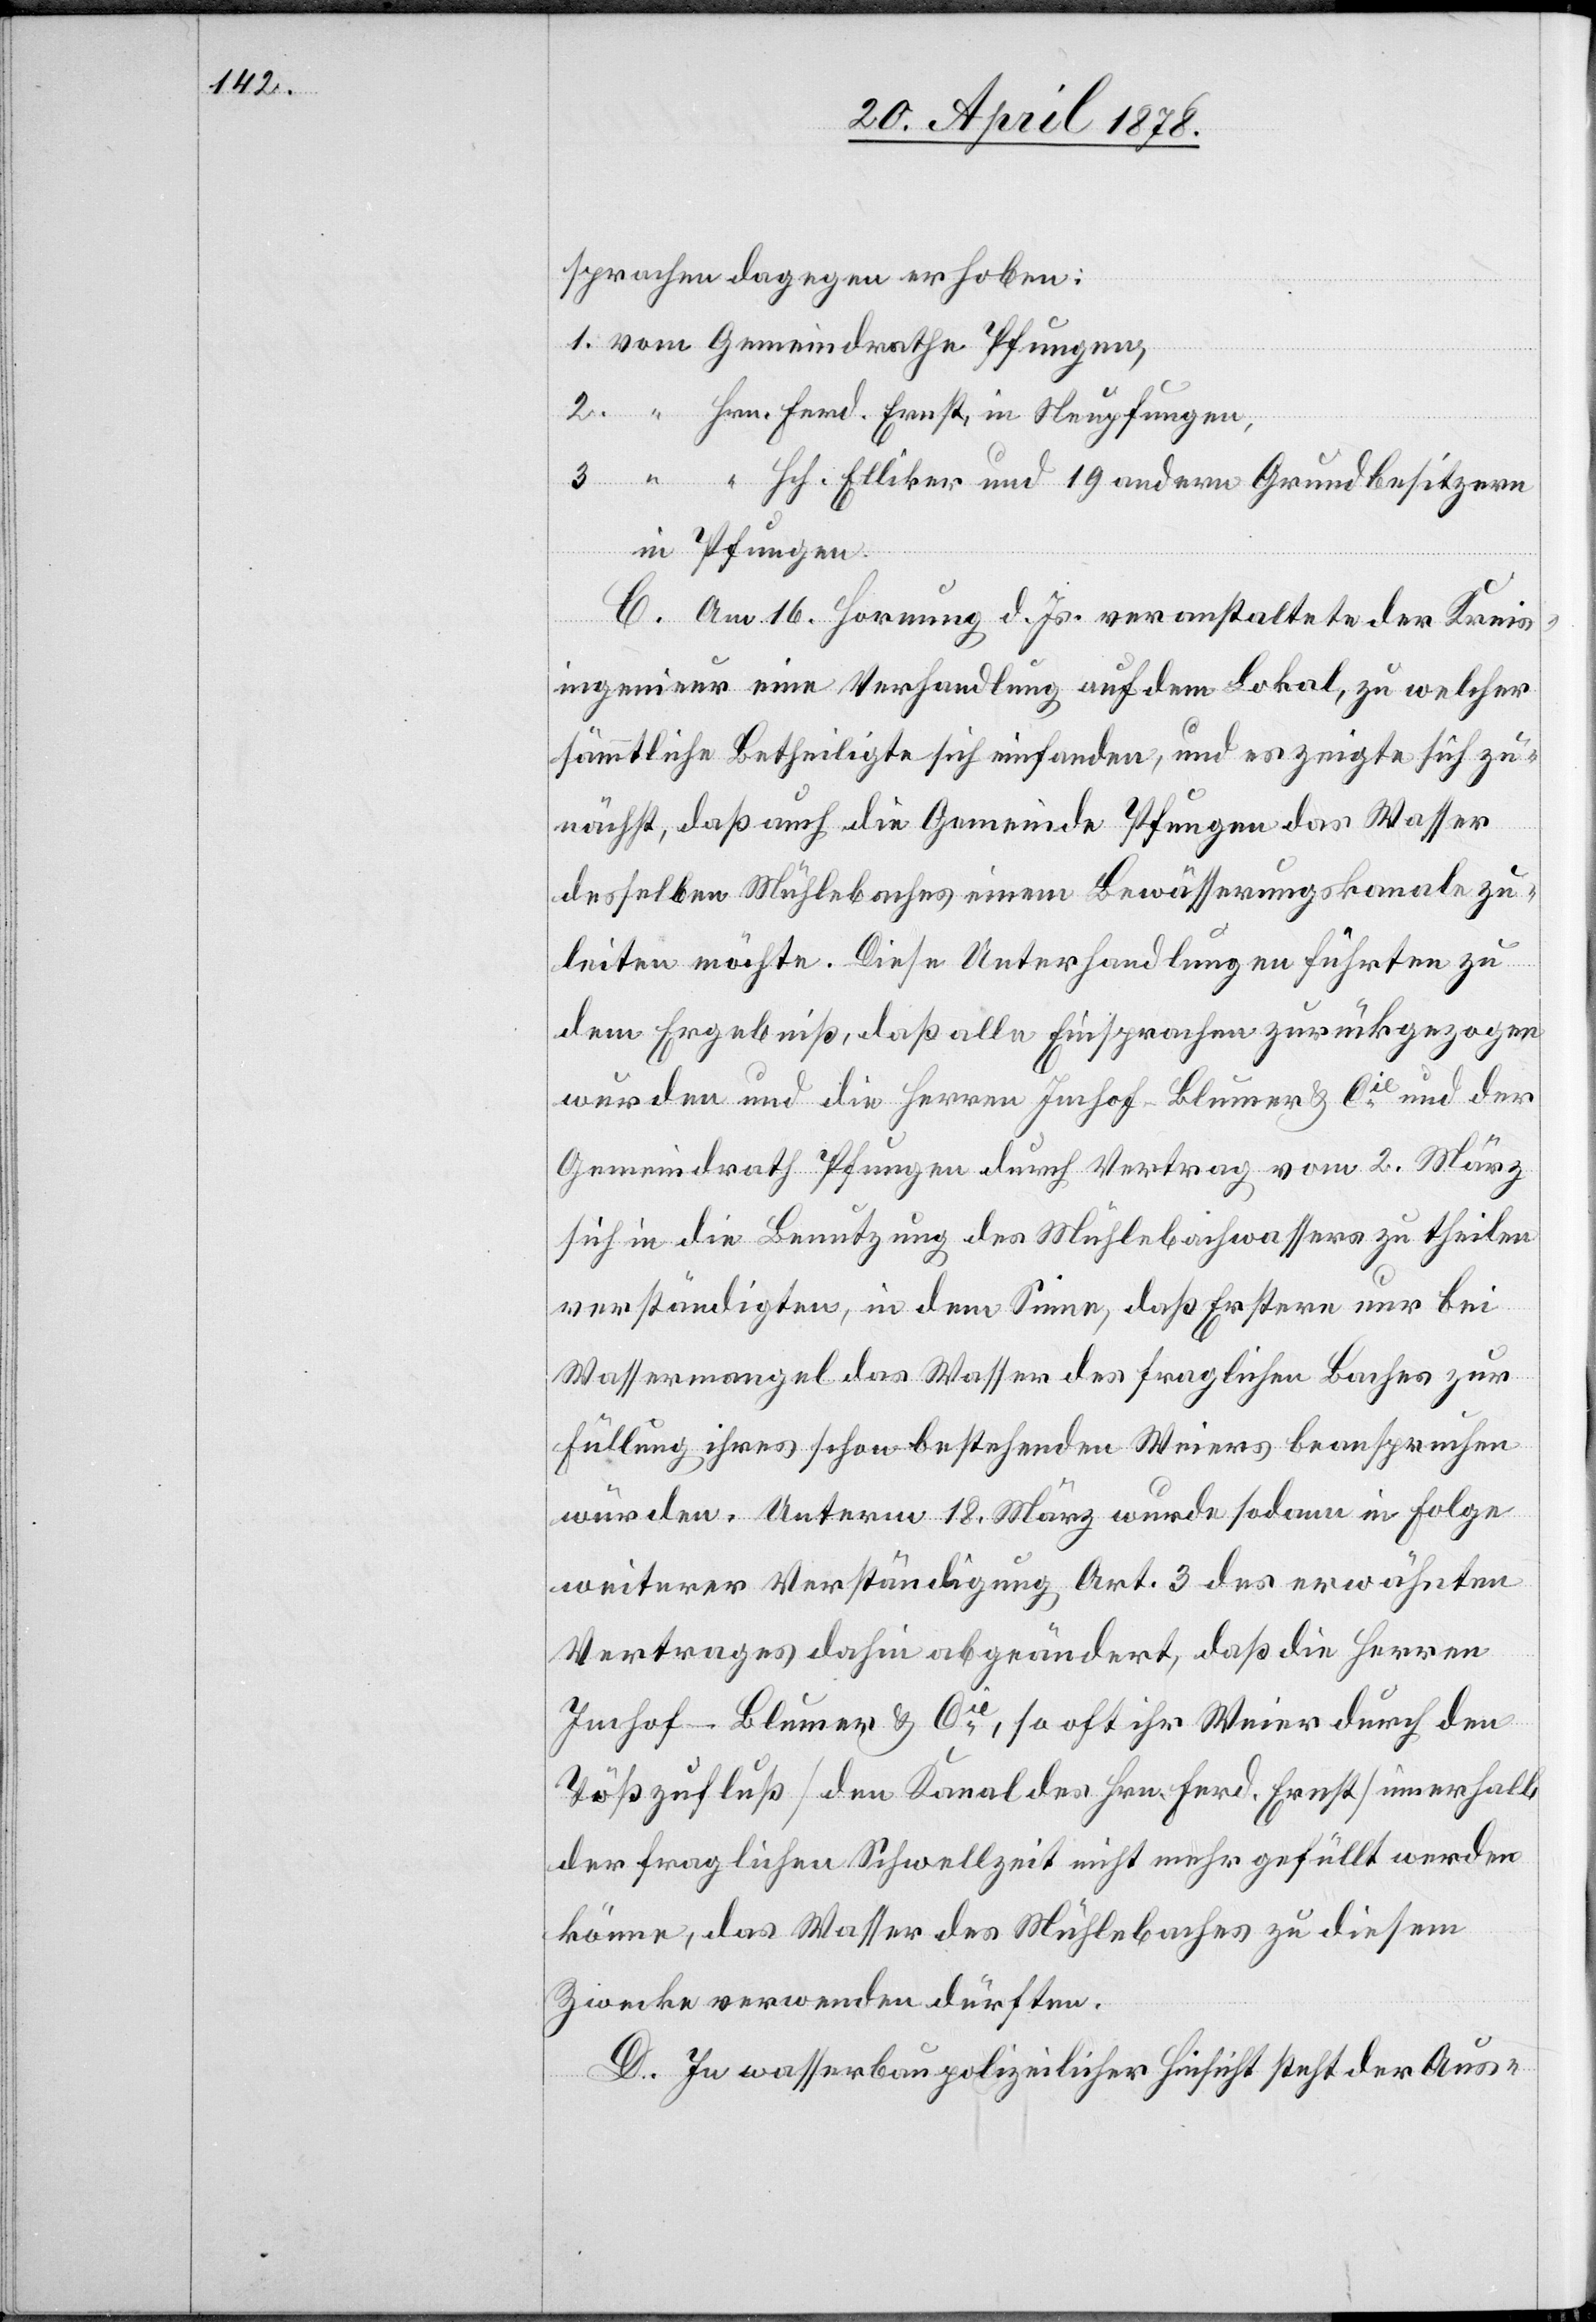
sprachen dagegen erhoben:
1. vom Gemeindrathe Pfungen,
2. “ Hrn. Ferd. Ernst, in Neupfungen,
3. “ “ Hch. Elliker und 19 andern Grundbesitzern
in Pfungen.
C. Am 16. Hornung d. Js. veranstaltete der Kreis¬
ingenieur eine Verhandlung auf dem Lokal, zu welcher
sämmtliche Betheiligte sich einfanden, und es zeigte sich zu¬
nächst, daß auch die Gemeinde Pfungen das Wasser
desselben Mühlebaches einem Bewässerungskanale zu¬
leiten möchte. Diese Unterhandlungen führten zu
dem Ergebniß, daß alle Einsprachen zurückgezogen
wurden und die Herren Imhof-Blumer & Cie und der
Gemeindrath Pfungen durch Vertrag vom 2. März
sich in die Benutzung des Mühlebachwassers zu theilen
verständigen, in dem Sinne, daß Erstere nur bei
Wassermangel das Wasser des fraglichen Baches zur
Füllung ihres schon bestehenden Weiers beanspruchen
würden. Unterm 18. März wurde sodann in Folge
weiterer Verständigung Art. 3 des erwähnten
Vertrages dahin abgeändert, daß die Herren
Imhof-Blumer & Cie, so oft ihr Weier durch den
Tößzufluß (den Kanal des Hrn. Ferd. Ernst) innerhalb
der fraglichen Schwellzeit nicht mehr gefüllt werden
könne, das Wasser des Mühlebaches zu diesem
Zwecke verwenden dürften.
D. In wasserbaupolizeilicher Hinsicht steht der Aus-